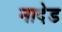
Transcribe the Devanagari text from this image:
नादेड